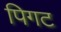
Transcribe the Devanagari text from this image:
पिगट